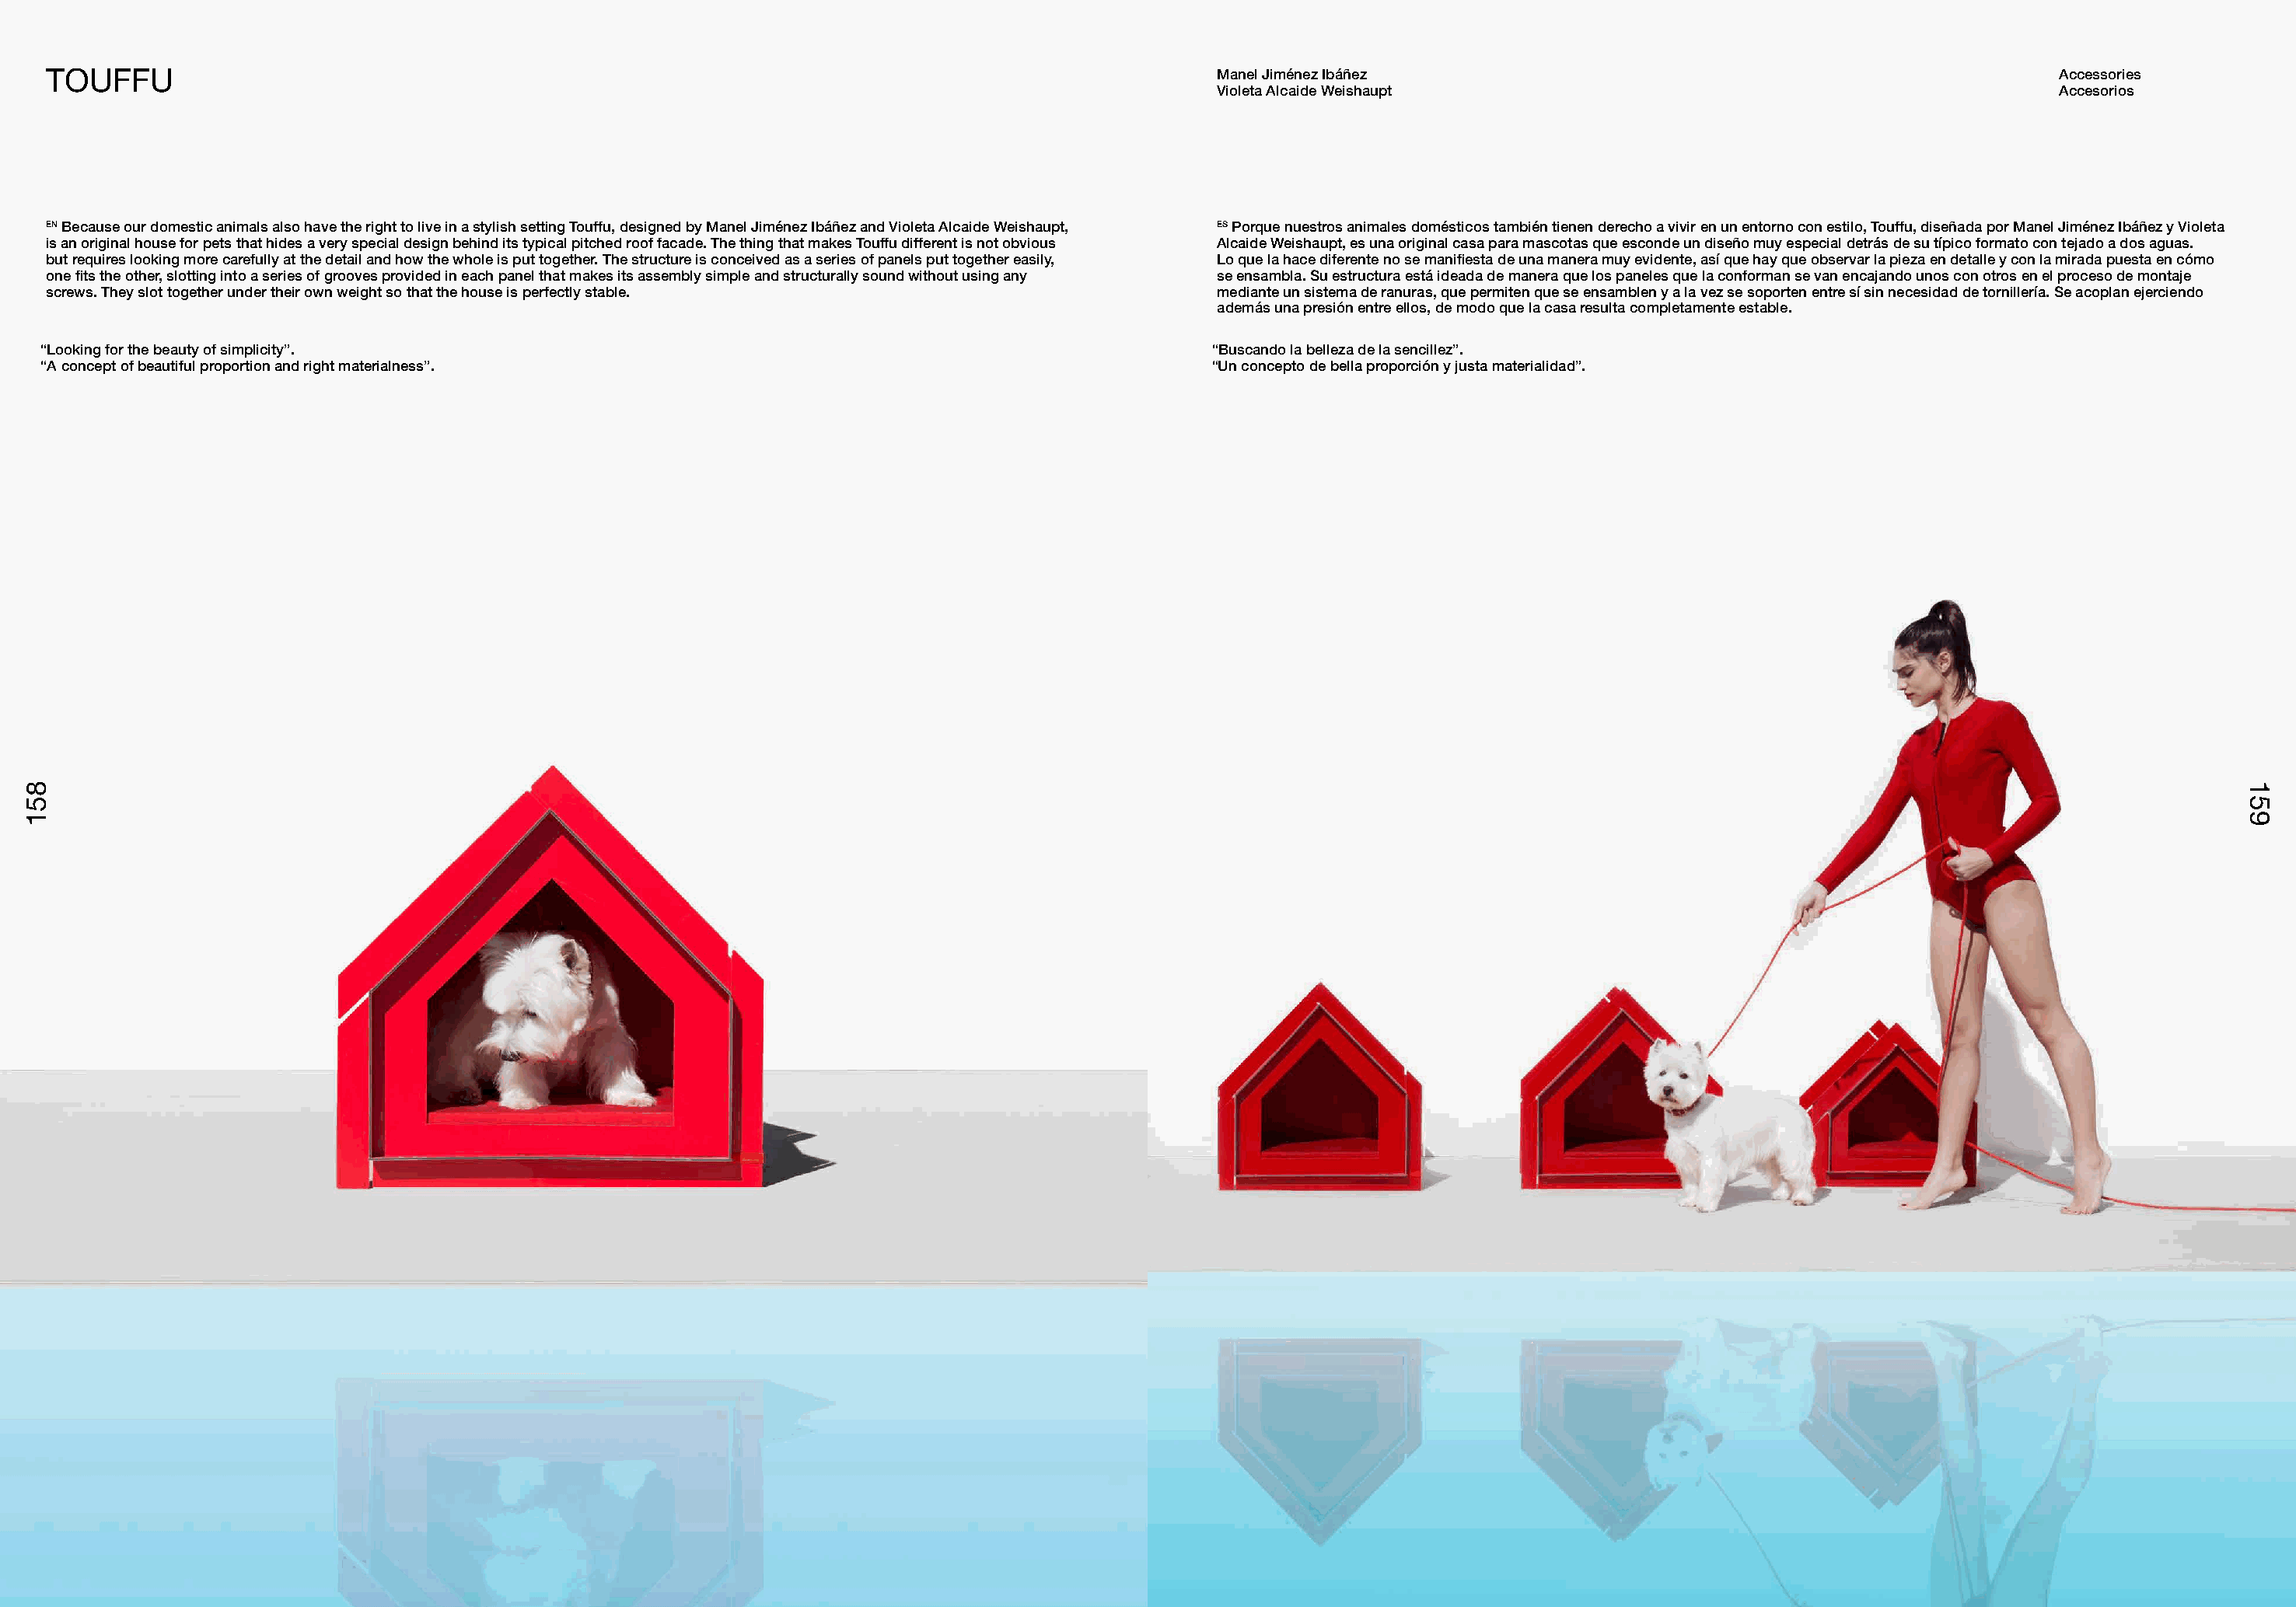
TOUFFU                                                                                              Manel Jiménez Ibáñez                                                   Accessories
 Violeta Alcaide Weishaupt                                              Accesorios
 EN Because our domestic animals also have the right to live in a stylish setting Touffu, designed by Manel Jiménez Ibáñez and Violeta Alcaide Weishaupt, ES Porque nuestros animales domésticos también tienen derecho a vivir en un entorno con estilo, Touffu, diseñada por Manel Jiménez Ibáñez y Violeta
 is an original house for pets that hides a very special design behind its typical pitched roof facade. The thing that makes Touffu different is not obvious Alcaide Weishaupt, es una original casa para mascotas que esconde un diseño muy especial detrás de su típico formato con tejado a dos aguas.
 but requires looking more carefully at the detail and how the whole is put together. The structure is conceived as a series of panels put together easily, Lo que la hace diferente no se manifiesta de una manera muy evidente, así que hay que observar la pieza en detalle y con la mirada puesta en cómo
 one fits the other, slotting into a series of grooves provided in each panel that makes its assembly simple and structurally sound without using any se ensambla. Su estructura está ideada de manera que los paneles que la conforman se van encajando unos con otros en el proceso de montaje
 screws. They slot together under their own weight so that the house is perfectly stable.            mediante un sistema de ranuras, que permiten que se ensamblen y a la vez se soporten entre sí sin necesidad de tornillería. Se acoplan ejerciendo
 además una presión entre ellos, de modo que la casa resulta completamente estable.
 “Looking for the beauty of simplicity”.                                                             “Buscando la belleza de la sencillez”.
 “A concept of beautiful proportion and right materialness”.                                         “Un concepto de bella proporción y justa materialidad”.
 885511                                                                                                                                                                                       115599